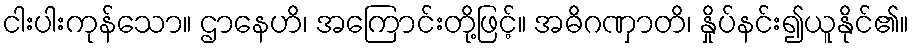
ငါးပါးကုန်သော။ ဌာနေဟိ၊ အကြောင်းတို့ဖြင့်။ အဓိဂဏှာတိ၊ နှိုပ်နင်း၍ယူနိုင်၏။